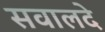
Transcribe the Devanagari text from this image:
सवालदे